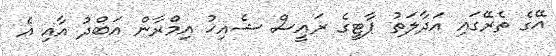
އޭގެ ތެރޭގައި އަދާލަތު ޕާޓީގެ ރައީސް ޝެއިޚު އިމްރާން އަބްދު އާއި އެ